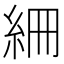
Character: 𥿑